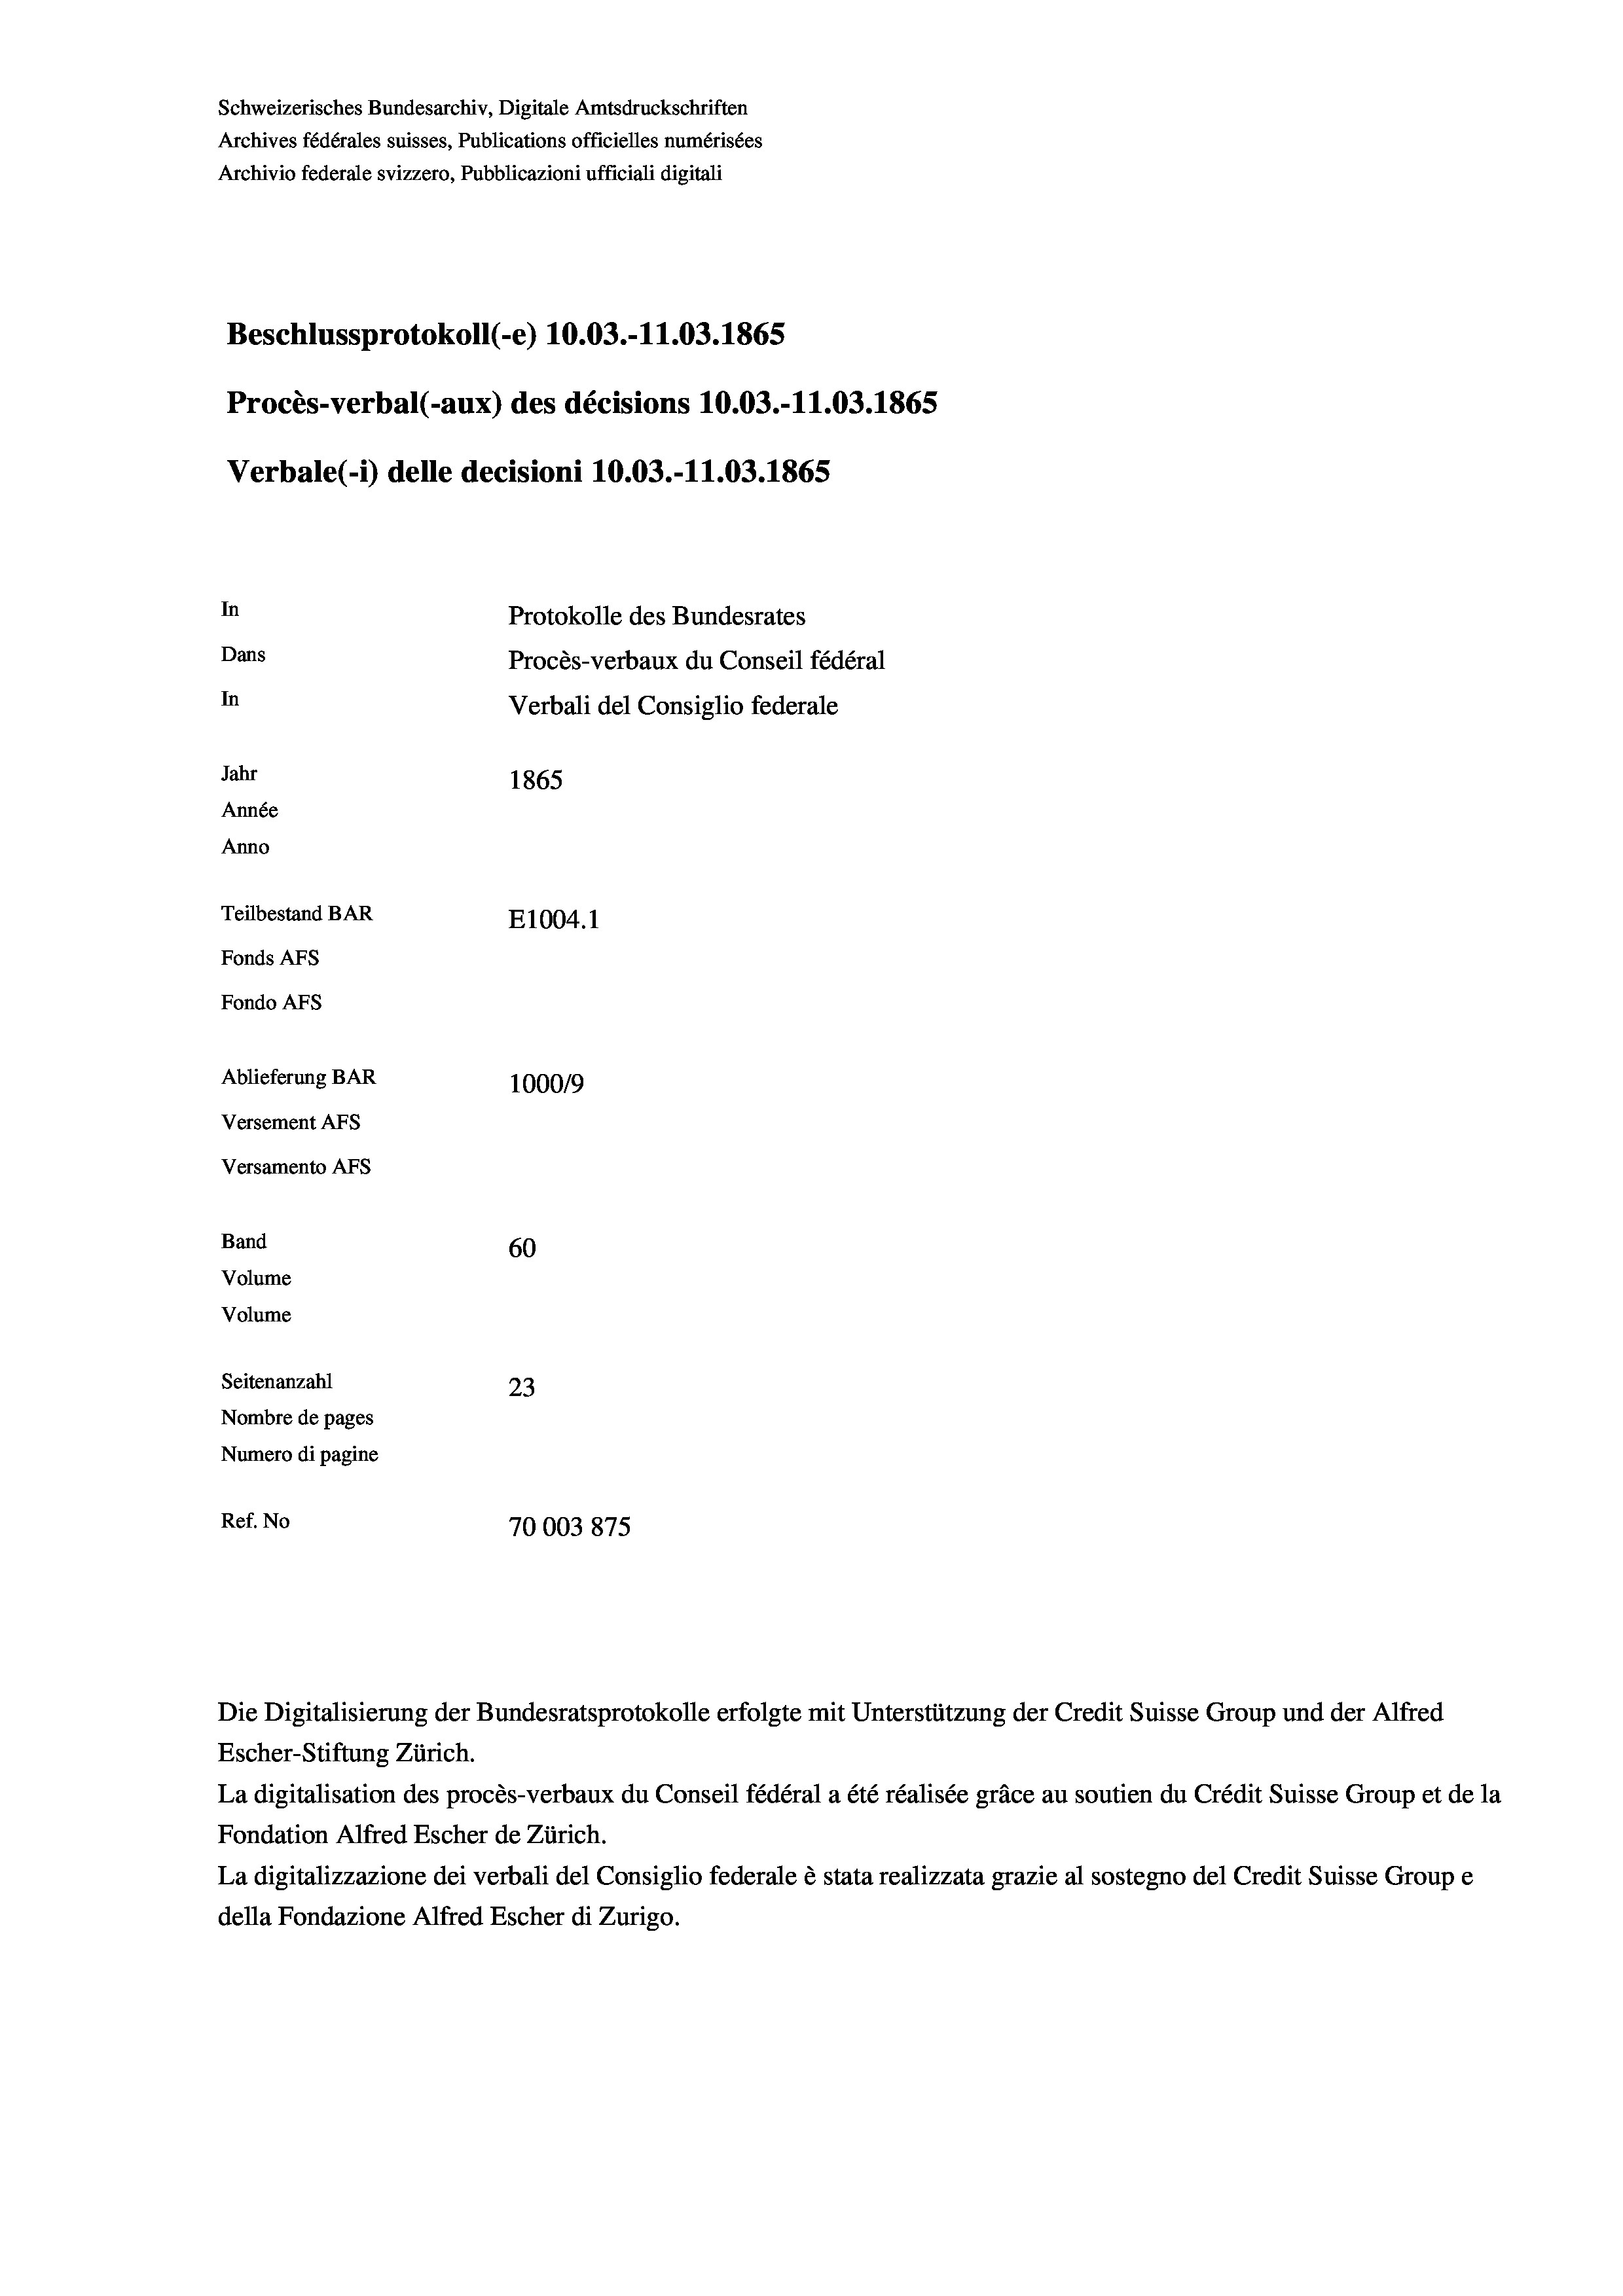
Schweizerisches Bundesarchiv, Digitale Amtsdruckschriften
Archives fédérales suisses, Publications officielles numérisées
Archivio federale svizzero, Pubblicazioni ufficiali digitali
Beschlussprotokoll (-e) 10.03.-11.03. 1865
Procès-verbal (-aux) des décisions 10.03.-11.03. 1865
Verbale (1) delle decisioni 10.03.-11.03. 1865
In
Protokolle des Bundesrates
Dans
Procès-verbaux du Conseil fédéral
In
Verbali del Consiglio federale
Jahr
1865
Année
Anno
Teilbestand BAR
E1004.1
Fonds AFs
Fondo Afs
Ablieferung BAR
100019
Versement AFs
Versamento Afs

60
Seitenanzahl
23
Nombre de pages
Numero di pagine
Ref. No
70003875

Band
Volume
Volume

Escher-Stiftung Zürich.
La digitalisation des procès-verbaux du Conseil fédéral a été réalisée gräce au soutien du Crédit Suisse Group et de la
Fondation Alfred Escher de Zürich.
La digitalizzazione dei verbali del Consiglio federale è stata realizzata grazie al sostegno del Credit Suis,
della Fondazione Alfred Escher di Zurigo.

Die Digitalisierung der Bundesratsprotokolle erfolgte mit Unterstützung der Credit Suisse Group und der Alfred

se Groupe